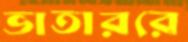
ভাতাররে